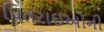
પિતરાઇઓની